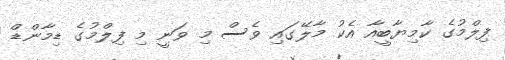
ފިލްމުގެ ކާމިޔާބީއާ އެކު މާލޭގައި ވެސް މި ވަނީ މި ފިލްމުގެ ޑިމާންޑް